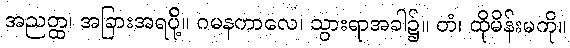
အညတ္ထ၊ အခြားအရပ်ို့။ ဂမနကာလေ၊ သွားရာအခါ၌။ တံ၊ ထိုမိန်းမကို။